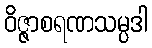
ဝိဇ္ဇာစရဏသမ္ပဒါ